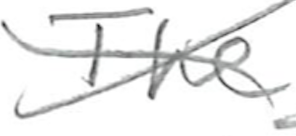
Text: The
Cross-out: cross
Writing tool: pencil